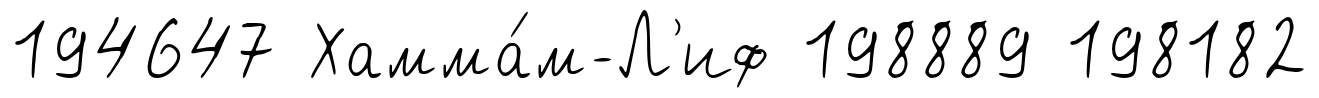
194647 Хамма́м-Л'иф 198889 198182